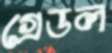
গ্রেডল